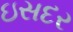
ઇસદર